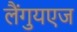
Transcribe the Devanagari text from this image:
लैंगुयएज